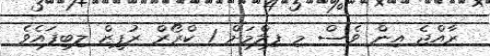
ރާއްޖެ އިން ވެސް މި ފިލްމަށް 1 ކްރޯރް ރުޕީޒް ލިބިފައެވެ